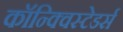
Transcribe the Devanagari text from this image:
कॉन्क्विस्टेडर्स